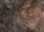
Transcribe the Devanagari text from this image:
५२मी